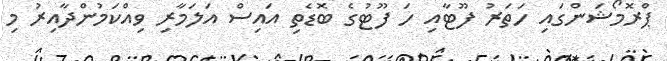
ޕްރޮމޯޝަންގައި ހަތަރު ފޫޓާއި ހަ ފޫޓުގެ ބޮޑެތި އައިސް އަލަމާރި ވިއްކަމުންދާއިރު މި